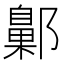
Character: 𨞶